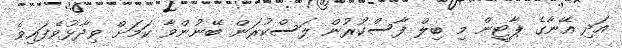
އަދި އޭނާގެ ޕާޓީން މި ބިލް ފާސްކުރުން ލަސްކުރަން ބޭނުންވާ ކަމަށް ވިދާޅުވެފައިވެ